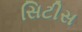
સિટીસ